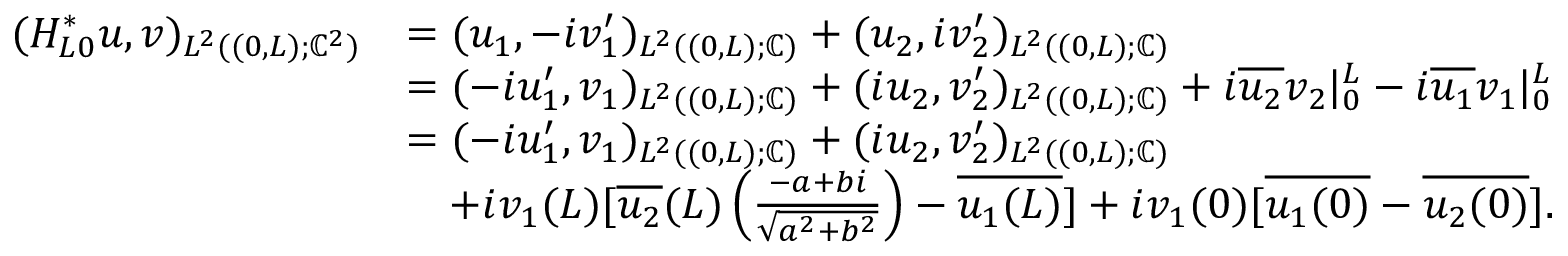
\begin{array} { r l } { ( H _ { L 0 } ^ { * } u , v ) _ { L ^ { 2 } ( ( 0 , L ) ; \mathbb { C } ^ { 2 } ) } } & { = ( u _ { 1 } , - i v _ { 1 } ^ { \prime } ) _ { L ^ { 2 } ( ( 0 , L ) ; \mathbb { C } ) } + ( u _ { 2 } , i v _ { 2 } ^ { \prime } ) _ { L ^ { 2 } ( ( 0 , L ) ; \mathbb { C } ) } } \\ & { = ( - i u _ { 1 } ^ { \prime } , v _ { 1 } ) _ { L ^ { 2 } ( ( 0 , L ) ; \mathbb { C } ) } + ( i u _ { 2 } , v _ { 2 } ^ { \prime } ) _ { L ^ { 2 } ( ( 0 , L ) ; \mathbb { C } ) } + i \overline { { u _ { 2 } } } v _ { 2 } | _ { 0 } ^ { L } - i \overline { { u _ { 1 } } } v _ { 1 } | _ { 0 } ^ { L } } \\ & { = ( - i u _ { 1 } ^ { \prime } , v _ { 1 } ) _ { L ^ { 2 } ( ( 0 , L ) ; \mathbb { C } ) } + ( i u _ { 2 } , v _ { 2 } ^ { \prime } ) _ { L ^ { 2 } ( ( 0 , L ) ; \mathbb { C } ) } } \\ & { \quad + i v _ { 1 } ( L ) [ \overline { { u _ { 2 } } } ( L ) \left( \frac { - a + b i } { \sqrt { a ^ { 2 } + b ^ { 2 } } } \right) - \overline { { u _ { 1 } ( L ) } } ] + i v _ { 1 } ( 0 ) [ \overline { { u _ { 1 } ( 0 ) } } - \overline { { u _ { 2 } ( 0 ) } } ] . } \end{array}